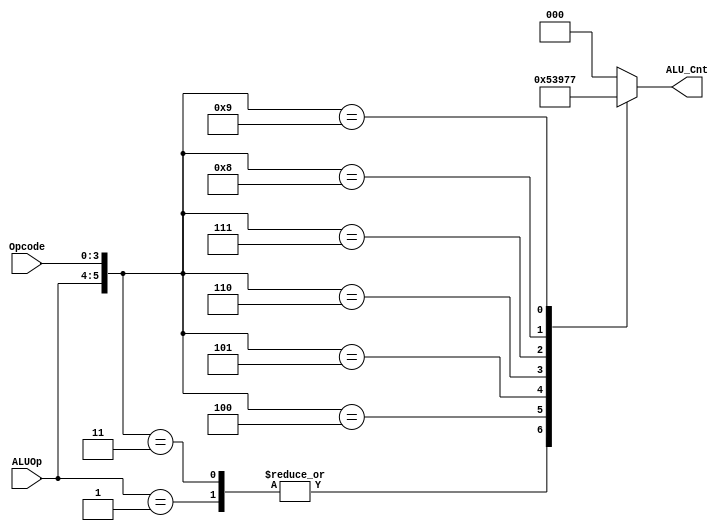

module ALU_control (input [1:0] ALUOp,
                    input [3:0] Opcode,
                    output reg [2:0] ALU_Cnt);

wire [5:0] ALUControl_In;
assign ALUControl_In = {ALUOp, Opcode};
always@(ALUControl_In)
  casex (ALUControl_In)
   6'b10xxxx: ALU_Cnt = 3'b000;
   6'b01xxxx: ALU_Cnt = 3'b001;
   6'b000010: ALU_Cnt = 3'b000;
   6'b000011: ALU_Cnt = 3'b001;
   6'b000100: ALU_Cnt = 3'b010;
   6'b000101: ALU_Cnt = 3'b011;
   6'b000110: ALU_Cnt = 3'b100;
   6'b000111: ALU_Cnt = 3'b101;
   6'b001000: ALU_Cnt = 3'b110;
   6'b001001: ALU_Cnt = 3'b111;
   default: ALU_Cnt = 3'b000;
  endcase
                       
 endmodule